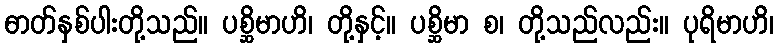
ဓာတ်နှစ်ပါးတို့သည်။ ပစ္ဆိမာဟိ၊ တို့နှင့်။ ပစ္ဆိမာ စ၊ တို့သည်လည်း။ ပုရိမာဟိ၊